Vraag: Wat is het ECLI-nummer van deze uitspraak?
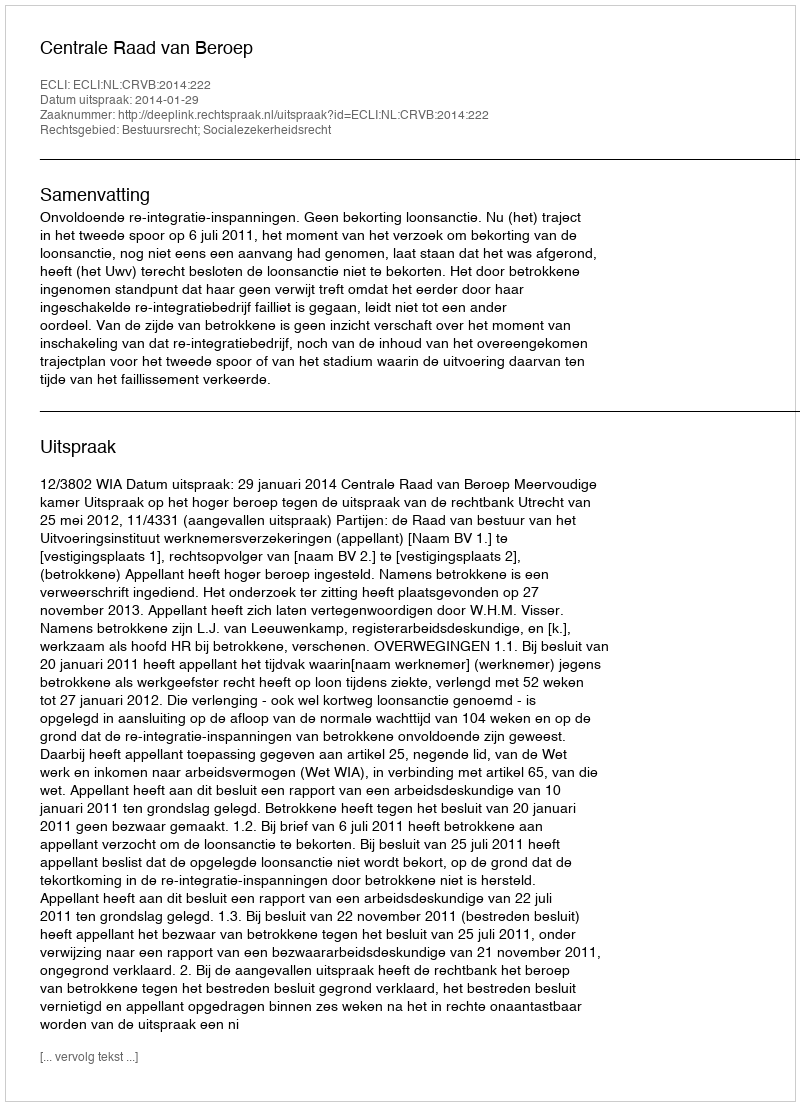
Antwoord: ECLI:NL:CRVB:2014:222